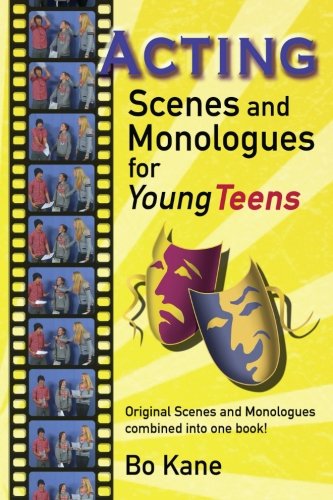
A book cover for Acting Scenes And Monologues For Young Teens: Original Scenes and Monologues Combined Into One Book; Bo Kane; Literature & Fiction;